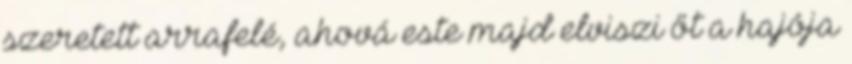
szeretett arrafelé, ahová este majd elviszi őt a hajója